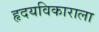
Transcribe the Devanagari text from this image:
हृदयविकाराला